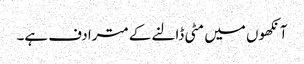
آنکھوں میں مٹی ڈالنے کے مترادف ہے۔